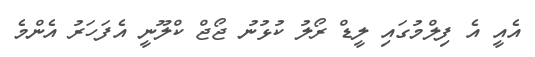
އެއީ އެ ފިލްމުގައި ލީޑް ރޯލު ކުޅުނު ޖޯޖް ކްލޫނީ އެފަހަރު އެންމެ